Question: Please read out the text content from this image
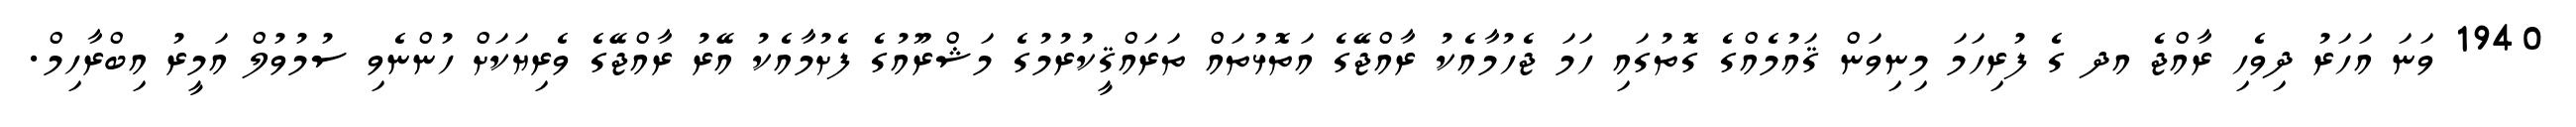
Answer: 1940 ވަނަ އަހަރު ދިވެހި ރާއްޖެ އދ ގެ ފުރިހަމަ މިނިވަން ޤައުމެއްގެ ގޮތުގައި ހަމަ ޖެހުމާއެކު ރާއްޖޭގެ އަތޮޅުތައް ތަރައްޤީކުރުމުގެ މަޝްރޫއުގެ ފެށުމާއެކު އޭރު ރާއްޖޭގެ ވެރިޔަކަށް ހުންނެވި ސުމުވުލް އަމީރު އިބްރާހިމް.